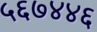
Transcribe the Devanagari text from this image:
५६७४४६